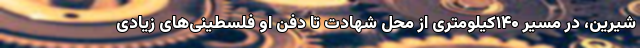
شیرین، در مسیر ۱۴۰کیلومتری از محل شهادت تا دفن او فلسطینی‌های زیادی